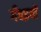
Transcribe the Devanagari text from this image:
गँवइयों